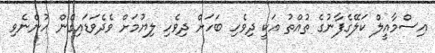
އިސްމާއީލް ކަލޭގެފާނުގެ ތުއްތު އަކީ ދިވެހި ބަހަށް ދިވެހި ލިޔުމަށް ވެދެވަޑައިގެން ހުންނެވި